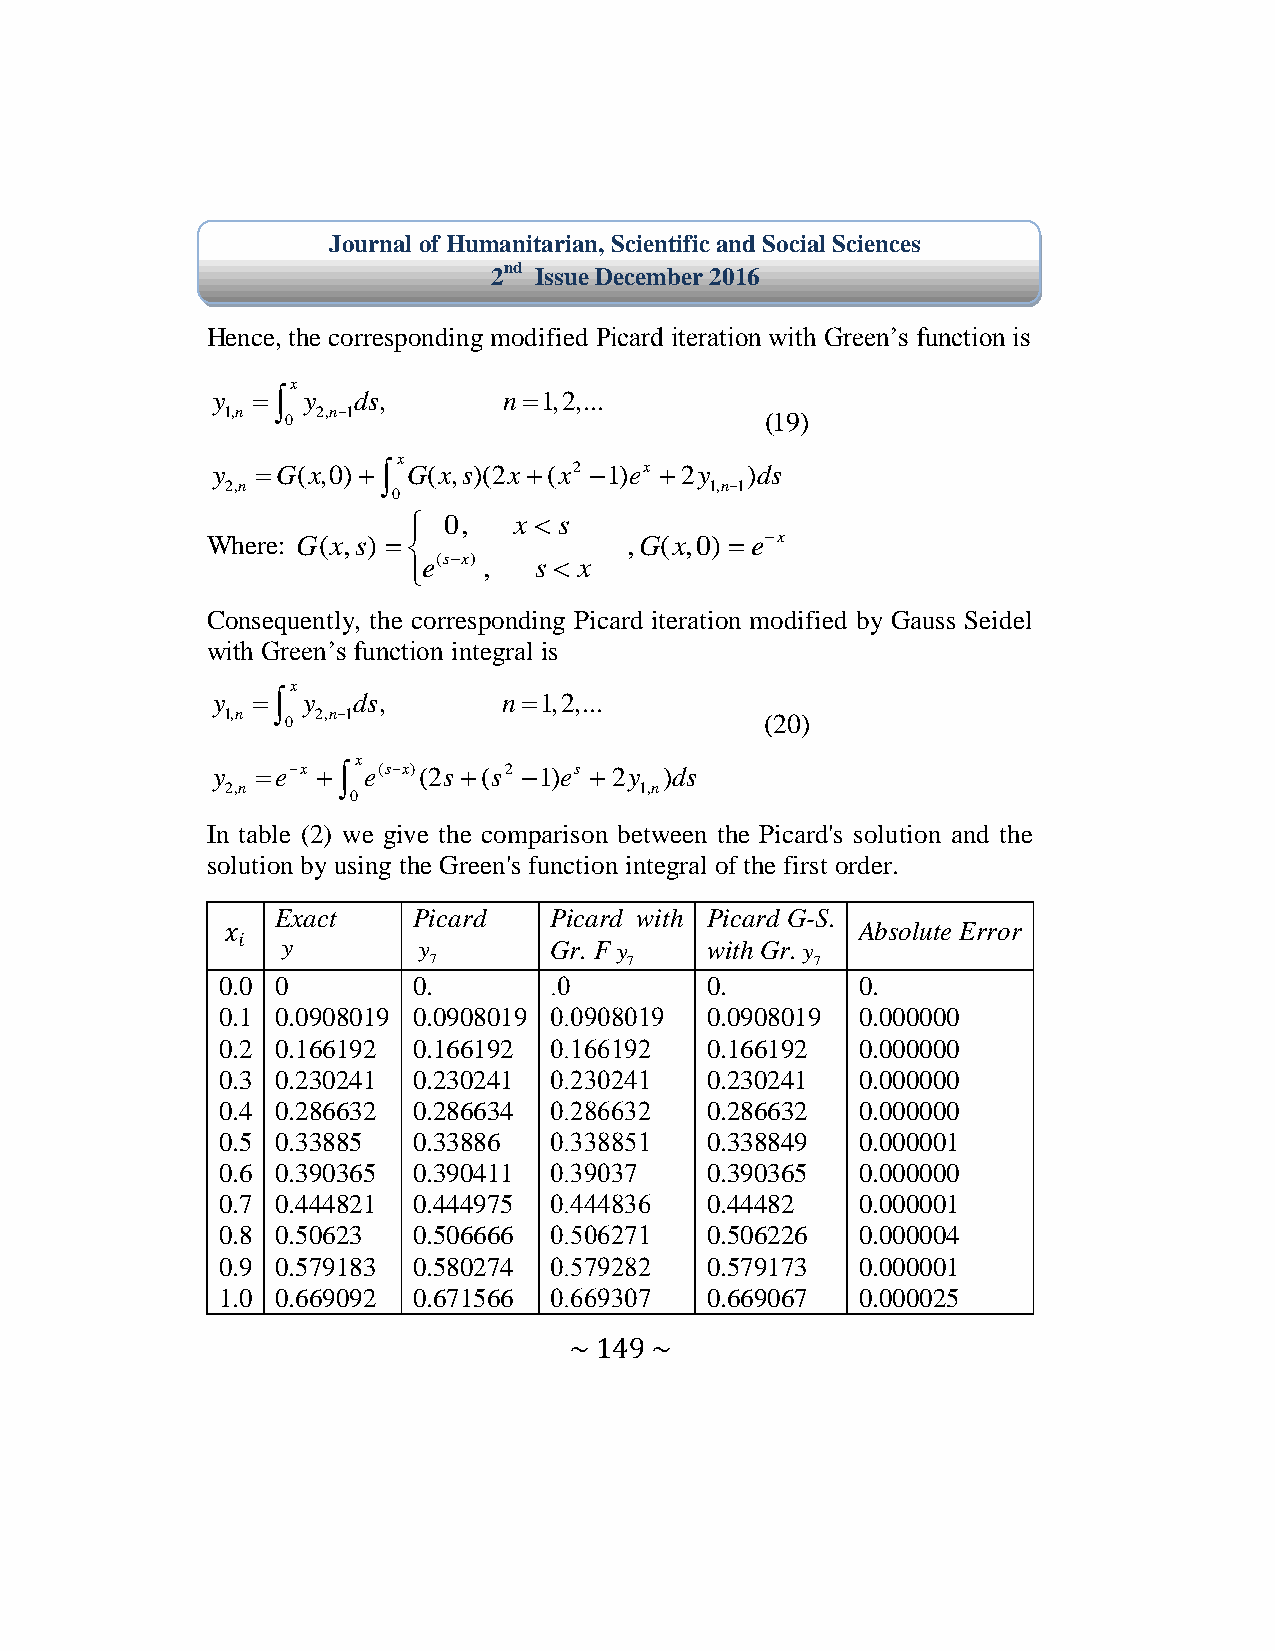
Journal of Humanitarian, Scientific and Social Sciences
 2nd Issue December 2016
 Hence, the corresponding modified icard iteration with Green’s function is
 x
 y    y ds,       n1,2,...
 1,n 0 2,n1                         (19)
 x
 y  G(x,0)  G(x,s)(2x (x2 1)ex 2y )ds
 2,n                             1,n1
 0
  0,   x  s
 Where: G(x,s)             ,G(x,0) ex
 e(sx) , s  x
 
 Consequently, the corresponding Picard iteration modified by Gauss Seidel
 with Green’s function integral is
 x
 y    y ds,       n1,2,...
 1,n 0 2,n1                         (20)
 x
 y  ex   e(sx)(2s (s2 1)es  2y )ds
 2,n                        1,n
 0
 In table (2) we give the comparison between the Picard's solution and the
 solution by using the Green's function integral of the first order.
 Exact    Picard   Picard with Picard G-S.
 Absolute Error
 y        y       Gr. F y    with Gr. y
 7             7           7
 0.0 0        0.       00         0.        0.
 0.1 0.0908019 0.0908019 000204002 0.0908019 0.000000
 0.2 0.166192 0.166192 00011029   0.166192  0.000000
 0.3 0.230241 0.230241 00900920   0.230241  0.000000
 0.4 0.286632 0.286634 00941109   0.286632  0.000000
 0.5 0.33885  0.33886  00004450   0.338849  0.000001
 0.6 0.390365 0.390411 0002007    0.390365  0.000000
 0.7 0.444821 0.444975 00222401   0.44482   0.000001
 0.8 0.50623  0.506666 00501970   0.506226  0.000004
 0.9 0.579183 0.580274 00572949   0.579173  0.000001
 1.0 0.669092 0.671566 00112007   0.669067  0.000025
 ~ 149 ~